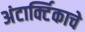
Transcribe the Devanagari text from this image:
अंटार्क्टिकाचे